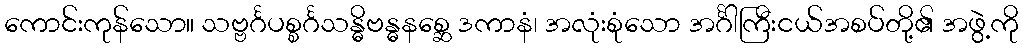
ကောင်းကုန်သော။ သဗ္ဗင်္ဂပစ္စင်္ဂသန္ဓိဗန္ဓနစ္ဆေ ဒကာနံ၊ အလုံးစုံသော အင်္ဂါကြီးငယ်အစပ်တို့၏ အဖွဲ့ကို